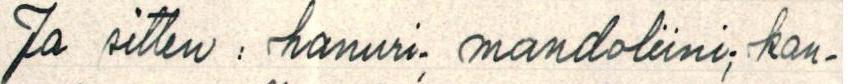
Ja sitten : hanuri; mandoliini; kan-